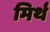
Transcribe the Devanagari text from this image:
मिर्थ